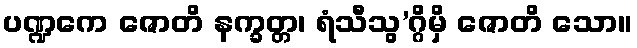
ပဏ္ဍကေ ဇောတိ နက္ခတ္တ၊ ရံသီသွ’ဂ္ဂိမှိ ဇောတိ သော။